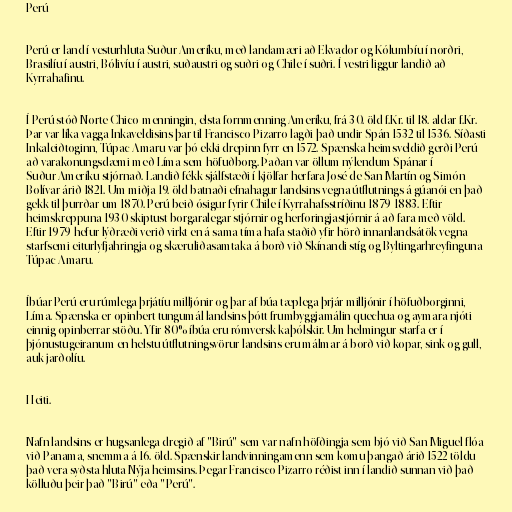
Perú

Perú er land í vesturhluta Suður-Ameríku, með landamæri að Ekvador og Kólumbíu í norðri,
Brasilíu í austri, Bólivíu í austri, suðaustri og suðri og Chile í suðri. Í vestri liggur landið að
Kyrrahafinu.

Í Perú stóð Norte Chico-menningin, elsta fornmenning Ameríku, frá 30. öld f.Kr. til 18. aldar f.Kr.
Þar var líka vagga Inkaveldisins þar til Francisco Pizarro lagði það undir Spán 1532 til 1536. Síðasti
Inkaleiðtoginn, Túpac Amaru var þó ekki drepinn fyrr en 1572. Spænska heimsveldið gerði Perú
að varakonungsdæmi með Líma sem höfuðborg. Þaðan var öllum nýlendum Spánar í
Suður-Ameríku stjórnað. Landið fékk sjálfstæði í kjölfar herfara José de San Martín og Simón
Bolívar árið 1821. Um miðja 19. öld batnaði efnahagur landsins vegna útflutnings á gúanói en það
gekk til þurrðar um 1870. Perú beið ósigur fyrir Chile í Kyrrahafsstríðinu 1879-1883. Eftir
heimskreppuna 1930 skiptust borgaralegar stjórnir og herforingjastjórnir á að fara með völd.
Eftir 1979 hefur lýðræði verið virkt en á sama tíma hafa staðið yfir hörð innanlandsátök vegna
starfsemi eiturlyfjahringja og skæruliðasamtaka á borð við Skínandi stíg og Byltingarhreyfinguna
Túpac Amaru.

Íbúar Perú eru rúmlega þrjátíu milljónir og þar af búa tæplega þrjár milljónir í höfuðborginni,
Líma. Spænska er opinbert tungumál landsins þótt frumbyggjamálin quechua og aymara njóti
einnig opinberrar stöðu. Yfir 80% íbúa eru rómversk-kaþólskir. Um helmingur starfa er í
þjónustugeiranum en helstu útflutningsvörur landsins eru málmar á borð við kopar, sink og gull,
auk jarðolíu.

Heiti.

Nafn landsins er hugsanlega dregið af "Birú" sem var nafn höfðingja sem bjó við San Miguel-flóa
við Panama, snemma á 16. öld. Spænskir landvinningamenn sem komu þangað árið 1522 töldu
það vera syðsta hluta Nýja heimsins. Þegar Francisco Pizarro réðist inn í landið sunnan við það
kölluðu þeir það "Birú" eða "Perú".